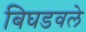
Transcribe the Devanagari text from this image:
बिघडवले